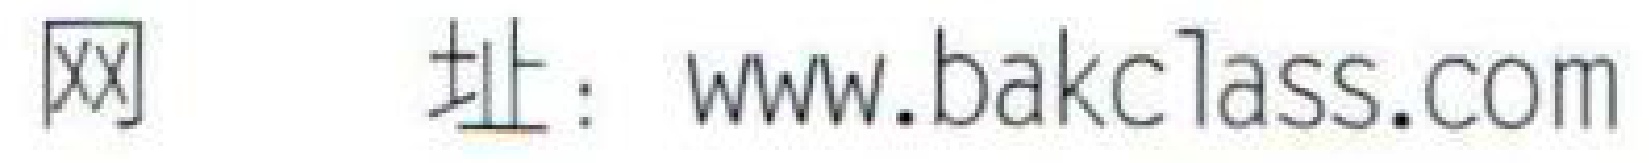
网址：\(www.bakclass.com\)